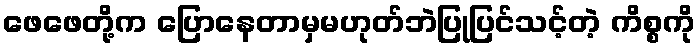
ဖေဖေတို့က ပြောနေတာမှမဟုတ်ဘဲပြုပြင်သင့်တဲ့ ကိစ္စကို